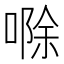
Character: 𪡷